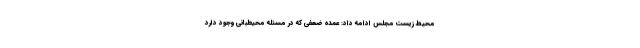
محیط زیست مجلس ادامه داد: عمده ضعفی که در مسئله محیطبانی وجود دارد